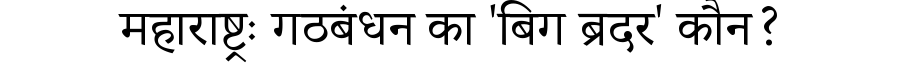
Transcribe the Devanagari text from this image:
महाराष्ट्रः गठबंधन का 'बिग ब्रदर' कौन?